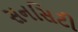
સનસિટી